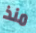
منذ